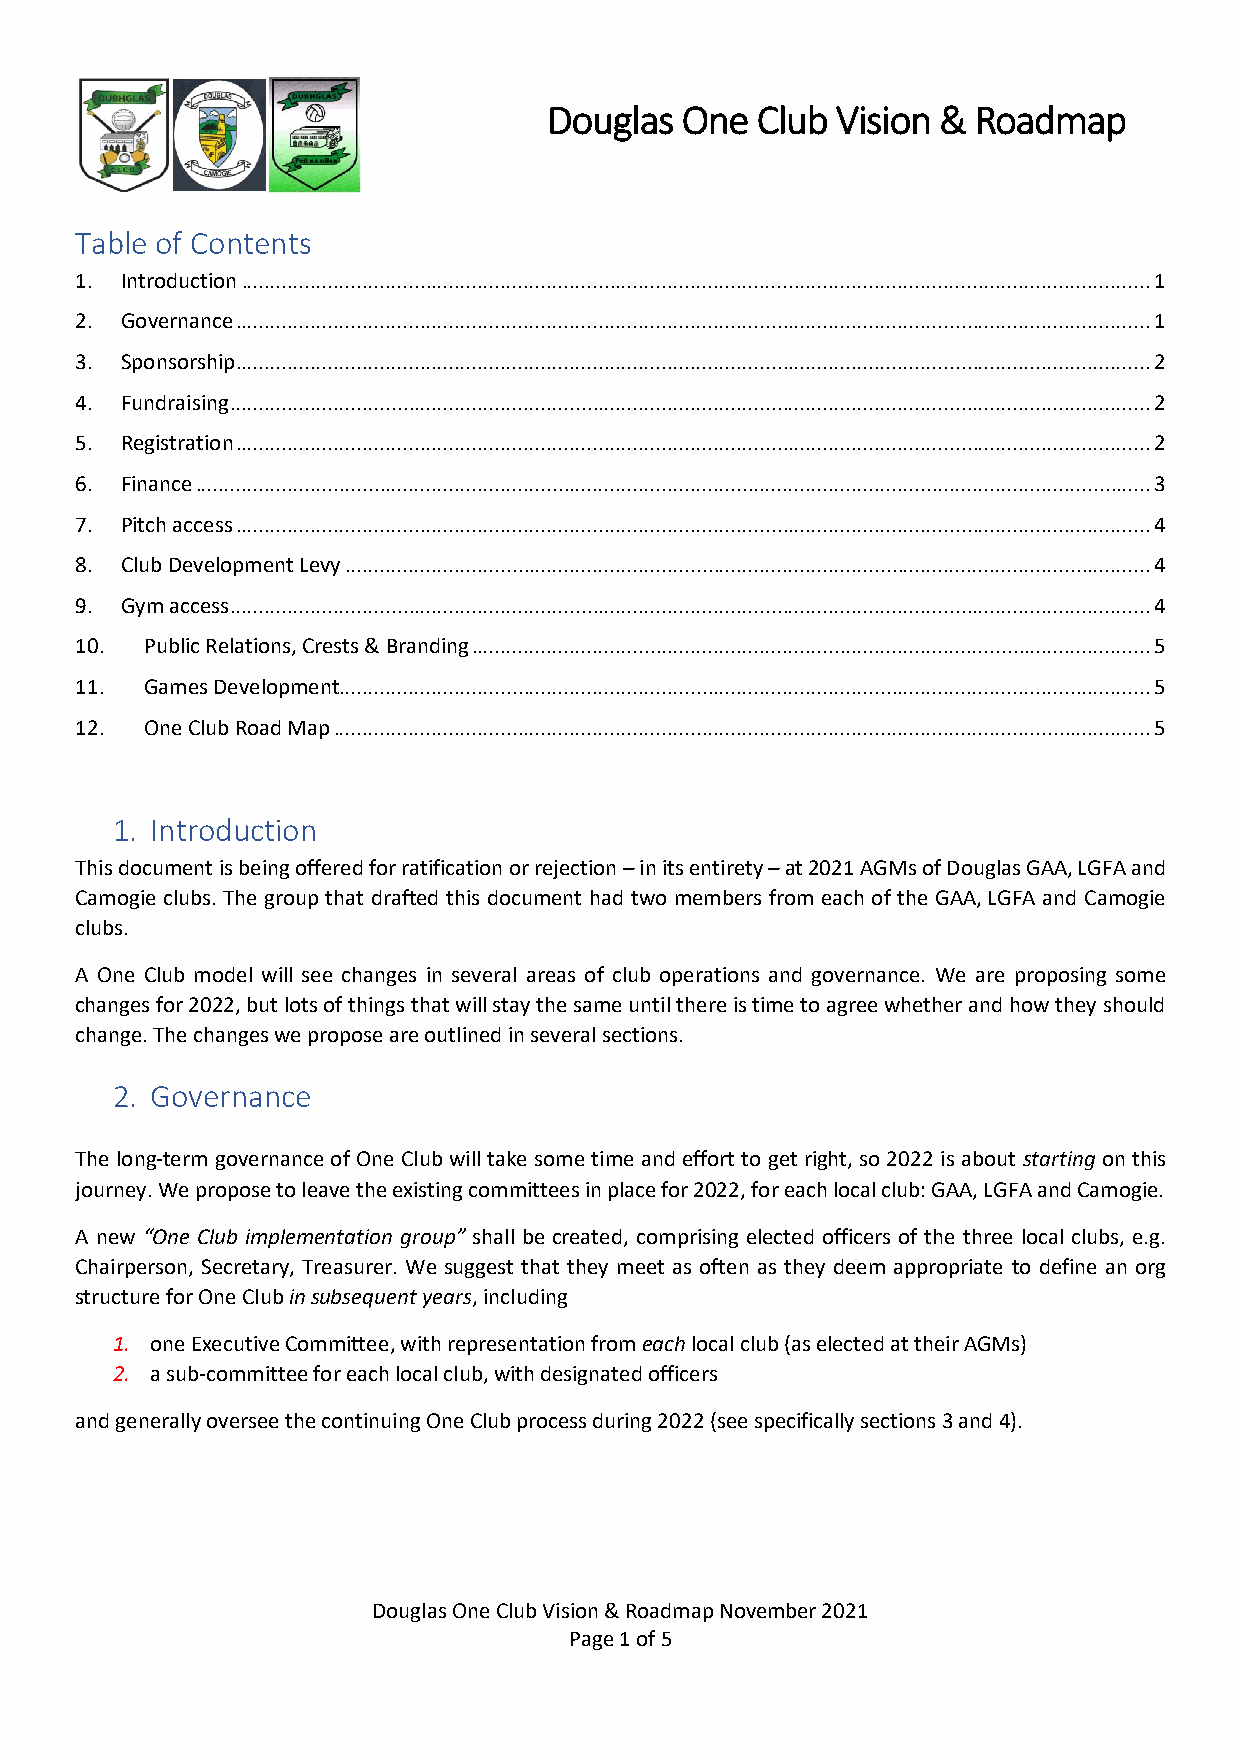
Douglas  One  Club Vision &  Roadmap
 Table of Contents
 1. Introduction .............................................................................................................................................................. 1
 2. Governance ............................................................................................................................................................... 1
 3. Sponsorship ............................................................................................................................................................... 2
 4. Fundraising ................................................................................................................................................................ 2
 5. Registration ............................................................................................................................................................... 2
 6. Finance ...................................................................................................................................................................... 3
 7. Pitch access ............................................................................................................................................................... 4
 8. Club Development Levy ............................................................................................................................................ 4
 9. Gym access ................................................................................................................................................................ 4
 10.  Public Relations, Crests & Branding ...................................................................................................................... 5
 11.  Games Development ............................................................................................................................................. 5
 12.  One Club Road Map .............................................................................................................................................. 5
 1. Introduction
 This document is being offered for ratification or rejection – in its entirety – at 2021 AGMs of Douglas GAA, LGFA and
 Camogie clubs. The group that drafted this document had two members from each of the GAA, LGFA and Camogie
 clubs.
 A One Club model will see changes in several areas of club operations and governance. We are proposing some
 changes for 2022, but lots of things that will stay the same until there is time to agree whether and how they should
 change. The changes we propose are outlined in several sections.
 2. Governance
 The long-term governance of One Club will take some time and effort to get right, so 2022 is about starting on this
 journey. We propose to leave the existing committees in place for 2022, for each local club: GAA, LGFA and Camogie.
 A new “One Club implementation group” shall be created, comprising elected officers of the three local clubs, e.g.
 Chairperson, Secretary, Treasurer. We suggest that they meet as often as they deem appropriate to define an org
 structure for One Club in subsequent years, including
 1. one Executive Committee, with representation from each local club (as elected at their AGMs)
 2. a sub-committee for each local club, with designated officers
 and generally oversee the continuing One Club process during 2022 (see specifically sections 3 and 4).
 Douglas One Club Vision & Roadmap November 2021
 Page 1 of 5